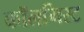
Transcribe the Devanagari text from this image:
कॉलमिस्ट